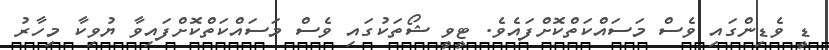
ޑީ ވެޑިންގައި ވެސް މަސައްކަތްކޮށްފައެވެ. ޓީވީ ޝޯތަކުގައި ވެސް މަސައްކަތްކޮށްފައިވާ ޔުވިކާ މިހާރު